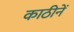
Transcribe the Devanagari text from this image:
काठीनें